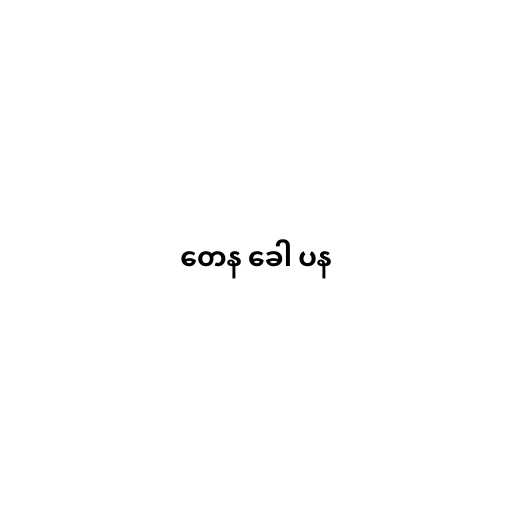
တေန ခေါ ပန